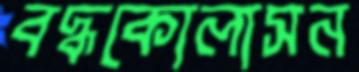
বদ্ধকোলাসন